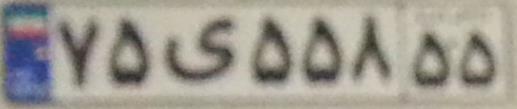
۷۵ی۵۵۸۵۵